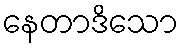
နေတာဒိသော